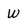
Character: W